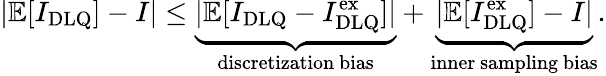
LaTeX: |\mathbb{E}[I_{\mathrm{{DLQ}}}]-I|\leq\underbrace{|\mathbb{E}[I_{\mathrm{DLQ}}-I_{\mathrm{{DLQ}}}^{\mathrm{ex}}]|}_{\mathrm{discretization~bias}}+\underbrace{|\mathbb{E}[I_{\mathrm{{DLQ}}}^{\mathrm{ex}}]-I|}_{\mathrm{inner~sampling~bias}}.